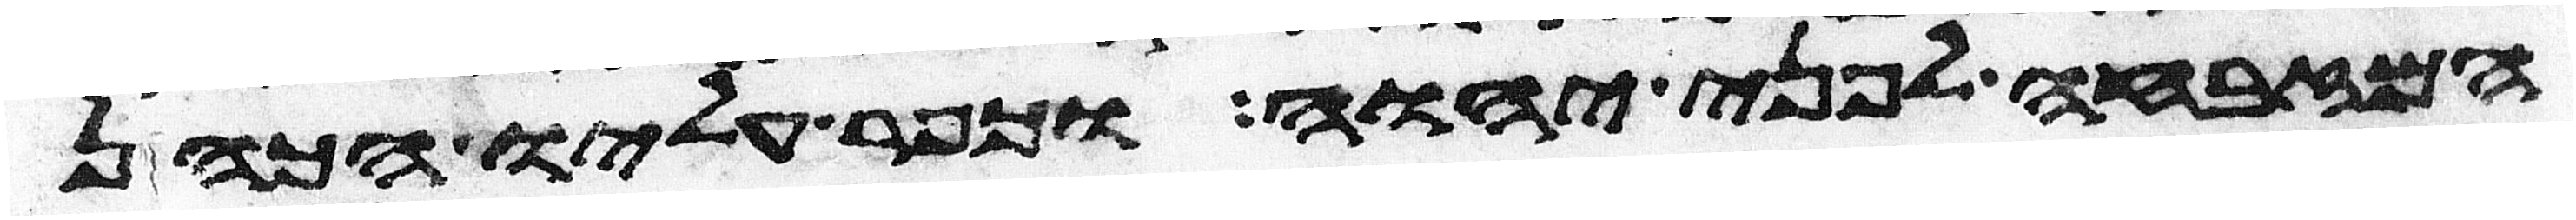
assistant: המזבחה לפני יהוה וכפר עליו הכהן